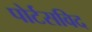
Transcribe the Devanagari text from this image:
पोर्टसविद